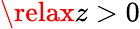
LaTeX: \relax z>0